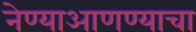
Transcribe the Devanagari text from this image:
नेण्याआणण्याचा